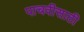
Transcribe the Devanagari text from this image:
पाचवीसाठी